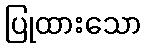
ပြုထားသော